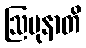
ဩပုနာတိ